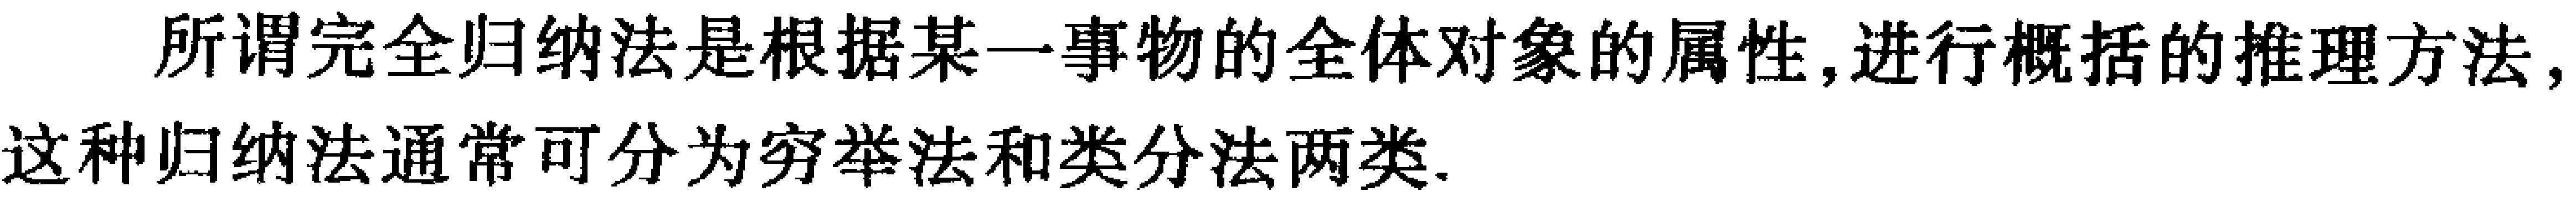
所谓完全归纳法是根据某一事物的全体对象的属性,进行概括的推理方法,这种归纳法通常可分为穷举法和类分法两类.